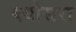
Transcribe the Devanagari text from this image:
क्योसरा